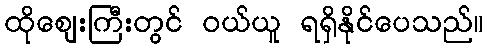
ထိုဈေးကြီးတွင် ဝယ်ယူ ရရှိနိုင်ပေသည်။